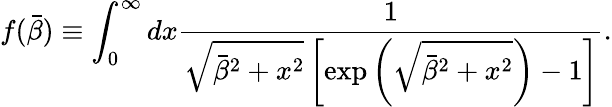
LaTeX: f(\bar{\beta})\equiv\int_{0}^{\infty}dx\frac{1}{\sqrt{\bar{\beta}^{2}+x^{2}}\left[\exp\left(\sqrt{\bar{\beta}^{2}+x^{2}}\right)-1\right]}.